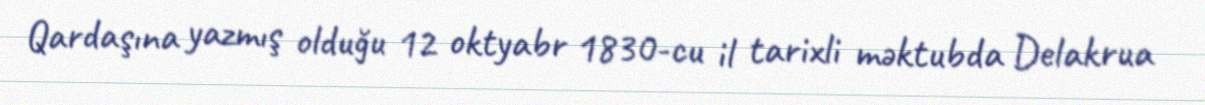
Qardaşına yazmış olduğu 12 oktyabr 1830-cu il tarixli məktubda Delakrua